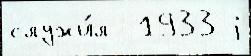
служи́л  1933 j